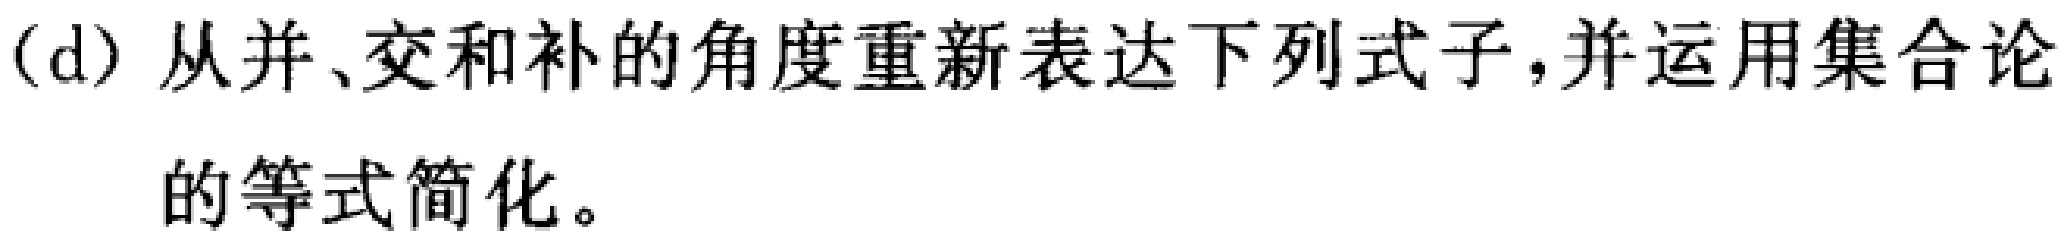
(d) 从并、交和补的角度重新表达下列式子，并运用集合论的等式简化。